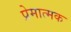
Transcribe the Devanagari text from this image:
प्रेमात्मक